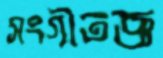
সংগীতজ্ঞ